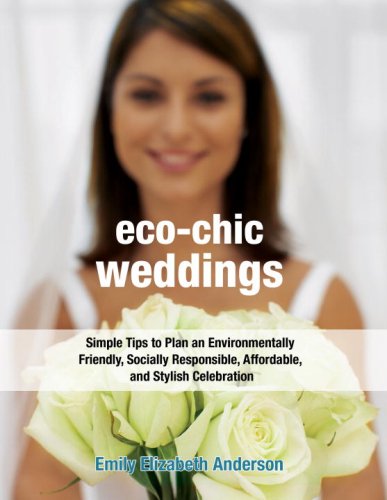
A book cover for Eco-Chic Weddings: Simple Tips to Plan an Earth-Friendly, Socially Responsible, Affordable Green Wedding; Emily Elizabeth Anderson; Crafts, Hobbies & Home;